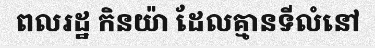
ពលរដ្ឋ កិនយ៉ា ដែលគ្មានទីលំនៅ